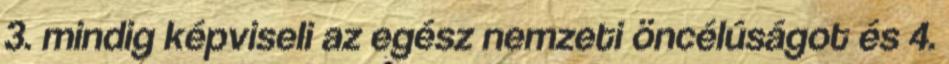
3. mindig képviseli az egész nemzeti öncélúságot és 4.